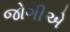
જોગીએ